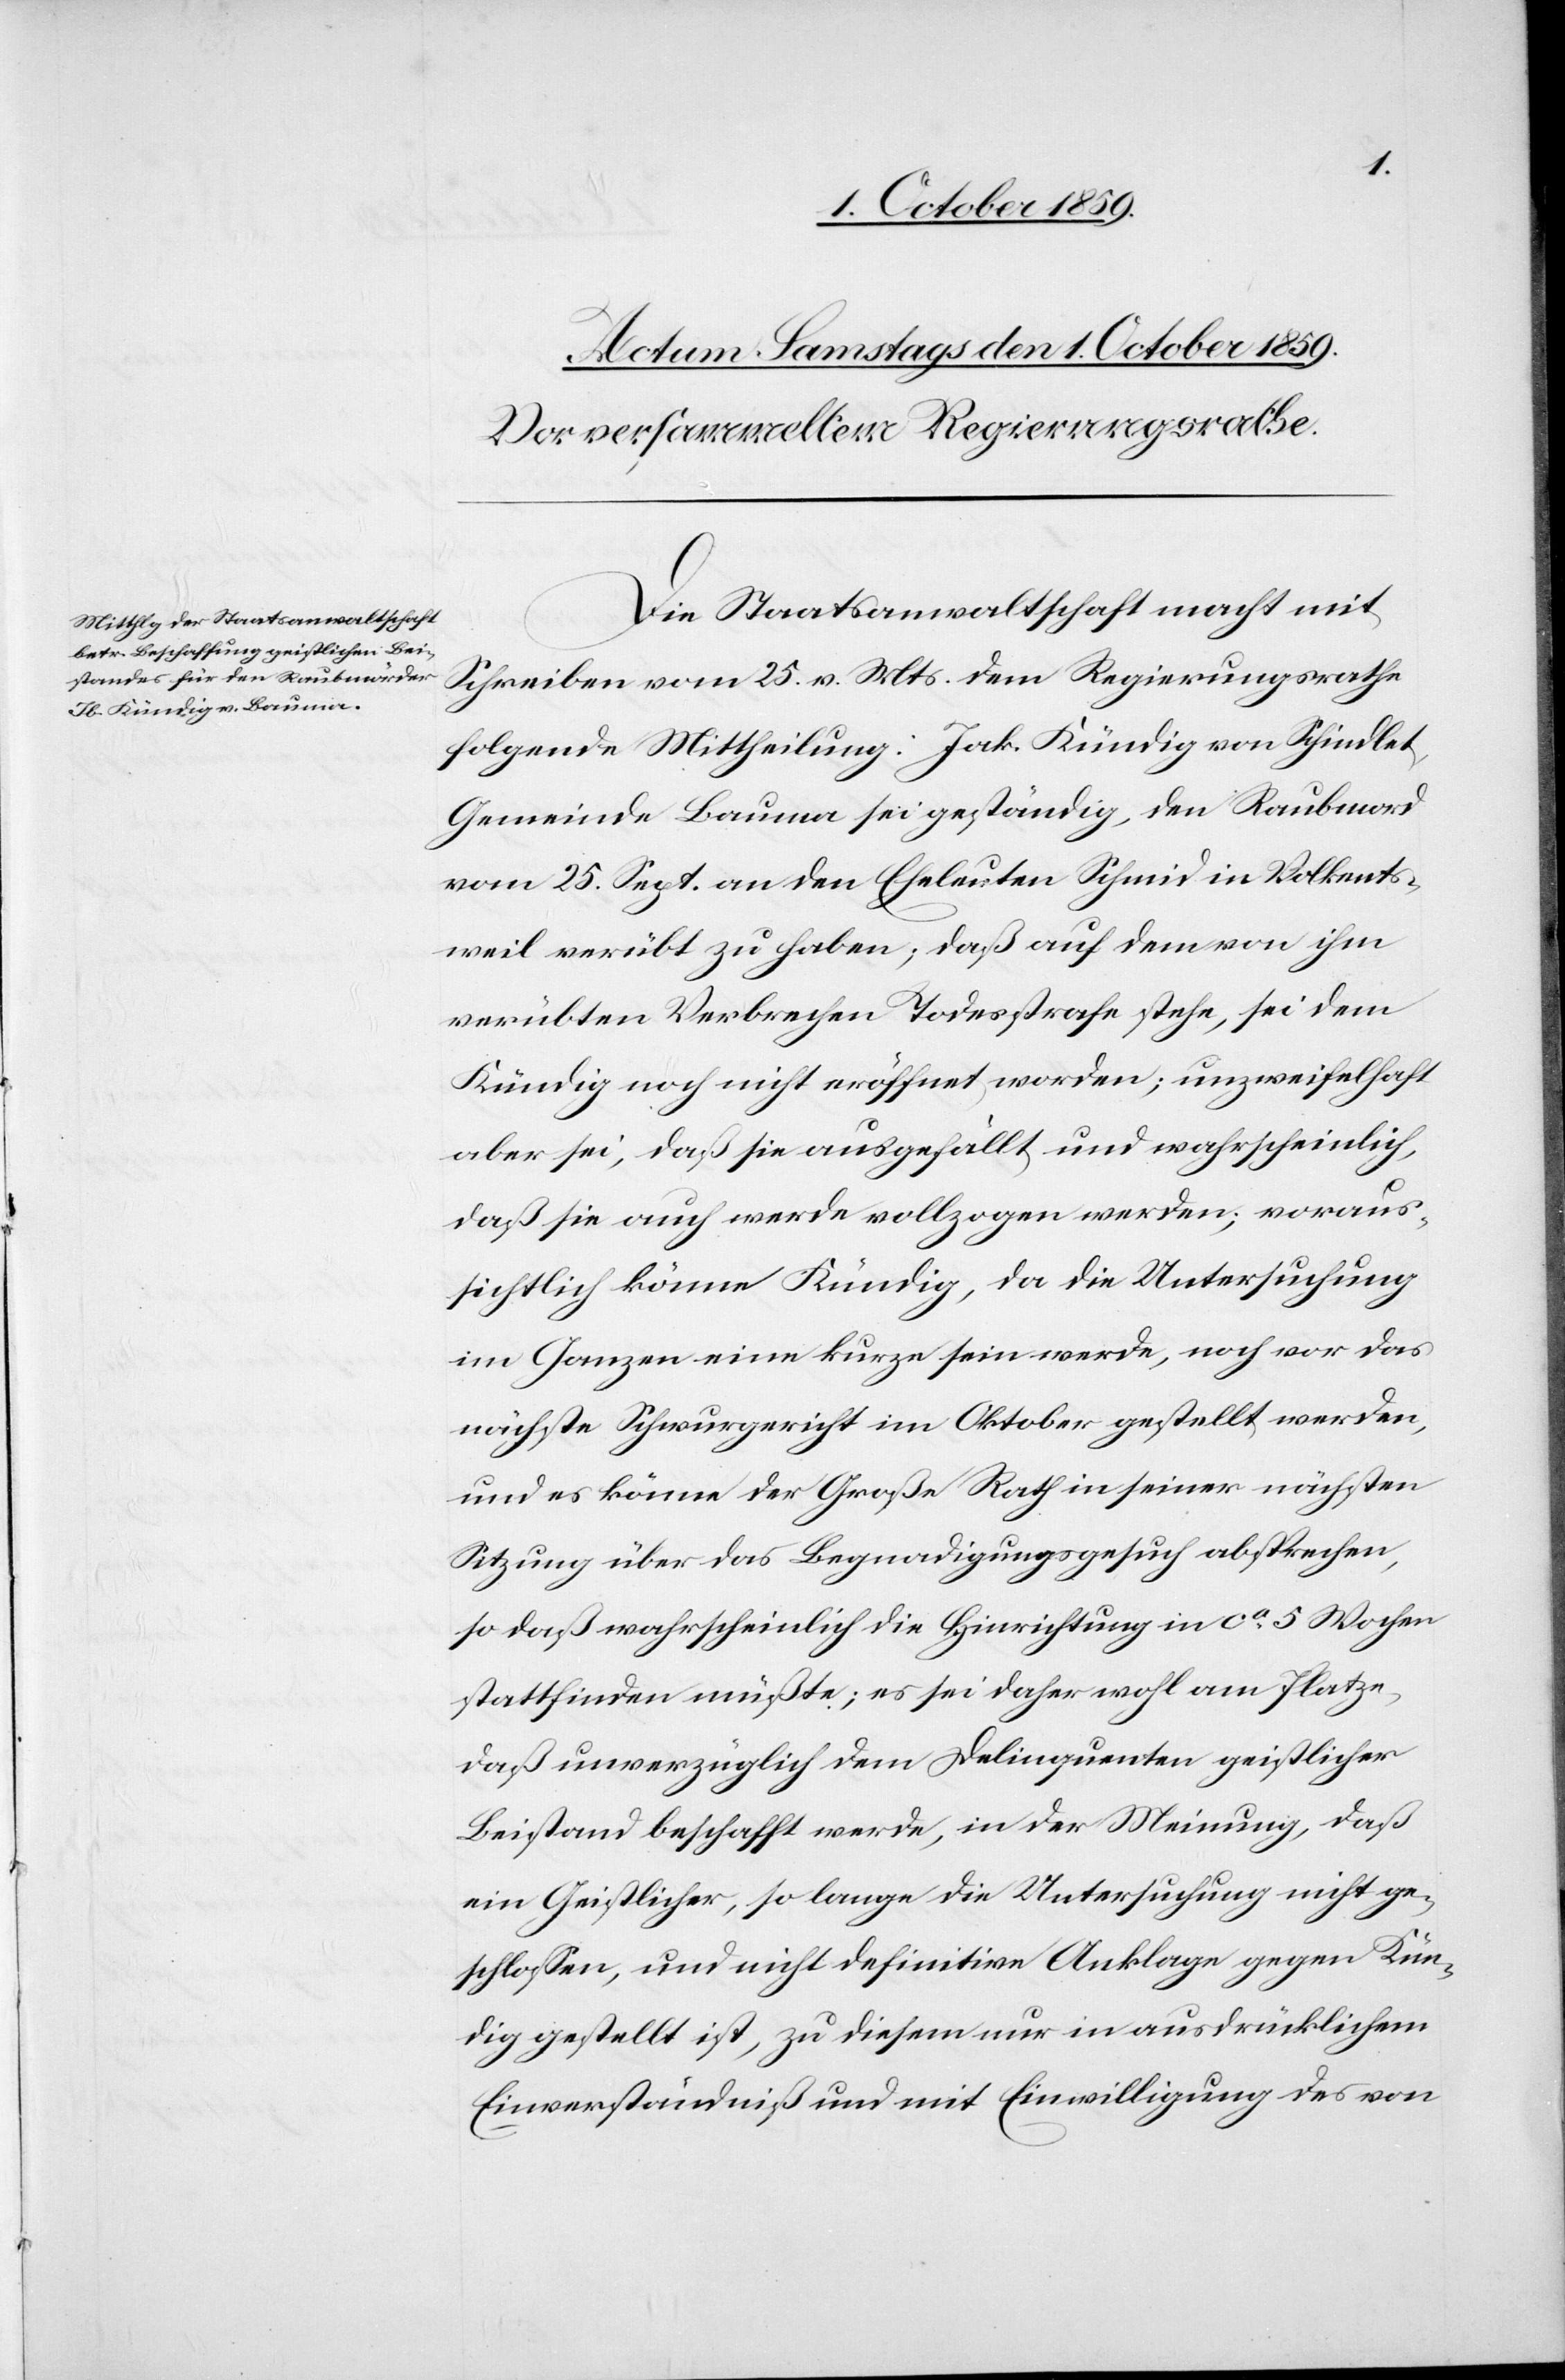
Die Staatsanwaltschaft macht mit
Schreiben vom 25. v. Mts. dem Regierungsrathe
folgende Mittheilung: Jak. Kündig von Schindlet,
Gemeinde Bauma sei geständig, den Raubmord
vom 25. Sept. an den Eheleuten Schmid in Volkents¬
weil verübt zu haben; daß auf dem von ihm
verübten Verbrechen Todesstrafe stehe, sei dem
Kündig noch nicht eröffnet worden; unzweifelhaft
aber sei, daß sie ausgefällt und wahrscheinlich,
daß sie auch werde vollzogen werden; voraus¬
sichtlich könne Kündig, da die Untersuchung
im Ganzen eine kurze sein werde, noch vor das
nächste Schwurgericht im Oktober gestellt werden,
und es könne der Große Rath in seiner nächsten
Sitzung über das Begnadigungsgesuch absprechen,
so daß wahrscheinlich die Hinrichtung in ca 5 Wochen
stattfinden müßte; es sei daher wohl am Platze,
daß unverzüglich dem Delinquenten geistlicher
Beistand beschafft werde, in der Meinung, daß
ein Geistlicher, so lange die Untersuchung nicht ge¬
schlossen, und nicht definitive Anklage gegen Kün¬
dig gestellt ist, zu diesem nur in ausdrücklichem
Einverständniß und mit Einwilligung des von